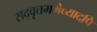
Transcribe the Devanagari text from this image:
सद्‌वृत्तममेध्यादपि